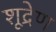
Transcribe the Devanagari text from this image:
शूद्रेण